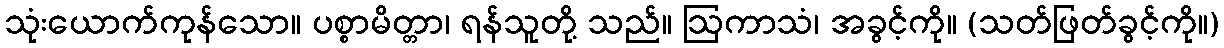
သုံးယောက်ကုန်သော။ ပစ္စာမိတ္တာ၊ ရန်သူတို့ သည်။ ဩကာသံ၊ အခွင့်ကို။ (သတ်ဖြတ်ခွင့်ကို။)